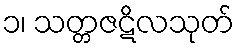
၁၊ သတ္တဇဋိလသုတ်